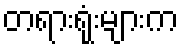
တရားရုံးများက